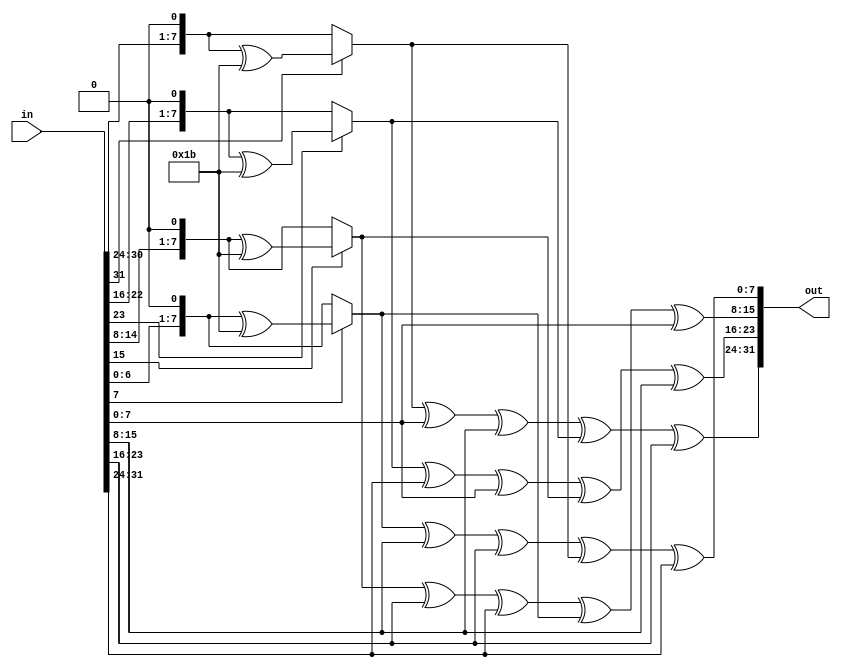
module matrix_mult(input [31:0] in, output [31:0] out);
// Referred from Wikipedia
wire [7:0] b0;
wire [7:0] b1;
wire [7:0] b2;
wire [7:0] b3;
wire [7:0] a0;
wire [7:0] a1;
wire [7:0] a2;
wire [7:0] a3;

assign a0 = in[31:24];
assign a1 = in[23:16];
assign a2 = in[15:8];
assign a3 = in[7:0];
 // if the first bit of a is set, then we shift it by 1 and then we xor with "1B" to get 2*a 
 // if its reset (0) , then we just shift by 1 and not do anything else
 // To get 3*a , we multiply the corresponding b value with that a value , b[i]* a[i] = 3*a[i], where b[i] = 2*a[i]
assign b0 = (a0[7]==1'b1)?((a0<<1)^(8'h1b)):(a0<<1); 
assign b1 = (a1[7]==1'b1)?((a1<<1)^(8'h1b)):(a1<<1);
assign b2 = (a2[7]==1'b1)?((a2<<1)^(8'h1b)):(a2<<1);
assign b3 = (a3[7]==1'b1)?((a3<<1)^(8'h1b)):(a3<<1);

assign out[31:24] = b0^a3^a2^b1^a1; 
assign out[23:16] = b1^a0^a3^b2^a2;
assign out[15:8] = b2^a1^a0^b3^a3;
assign out[7:0] = b3^a2^a1^b0^a0;



endmodule